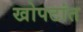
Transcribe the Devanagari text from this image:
खोपटांत